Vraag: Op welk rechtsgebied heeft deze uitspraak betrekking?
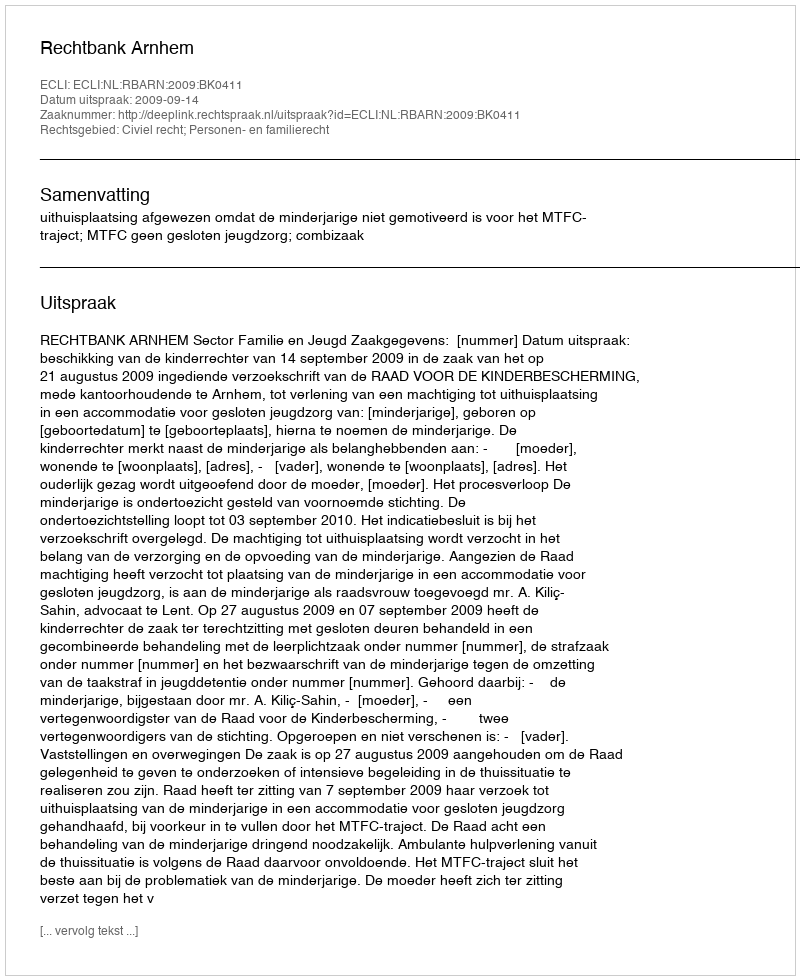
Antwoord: Civiel recht; Personen- en familierecht